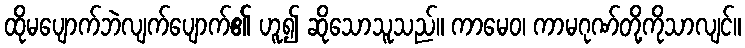
ထိုမပျောက်ဘဲလျက်ပျောက်၏ ဟူ၍ ဆိုသောသူသည်။ ကာမေဝ၊ ကာမဂုဏ်တို့ကိုသာလျင်။